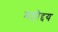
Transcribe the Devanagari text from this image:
महोद्दय